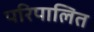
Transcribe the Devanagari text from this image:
परिपालित